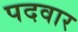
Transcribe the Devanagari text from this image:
पदवार